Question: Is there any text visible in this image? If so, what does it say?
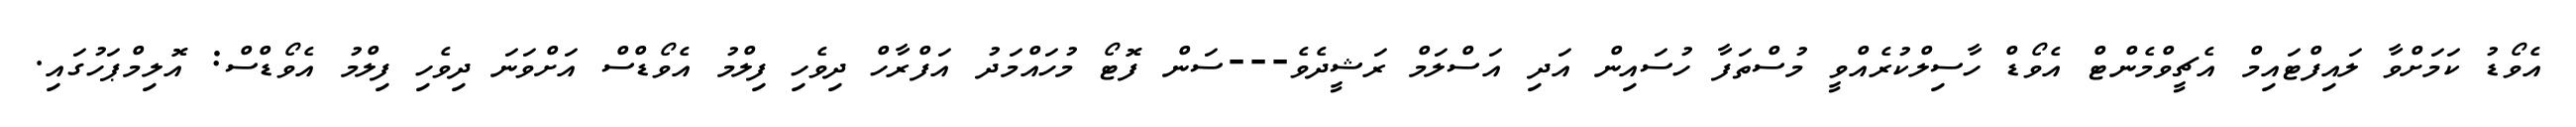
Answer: އެވޯޑު ކަމަށްވާ ލައިފްޓައިމް އެޗީވްމެންޓް އެވޯޑް ހާސިލްކުރެއްވީ މުސްތަފާ ހުސައިން އަދި އަސްލަމް ރަޝީދެވެ---ސަން ފޮޓޯ މުހައްމަދު އަފްރާހް ދިވެހި ފިލްމު އެވޯޑްސް އަށްވަނަ ދިވެހި ފިލްމު އެވޯޑްސް: އޮލިމްޕަހުގައި.